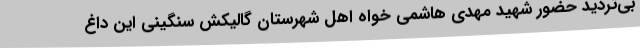
بی‌تردید حضور شهید مهدی هاشمی خواه اهل شهرستان گالیکش سنگینی این داغ